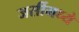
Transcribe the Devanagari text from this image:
जर्सीमध्ये